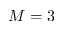
M = 3